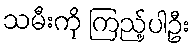
သမီးကို ကြည့်ပါဦး